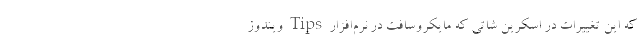
که این تغییرات در اسکرین شاتی که مایکروسافت در نرم‌افزار Tips ویندوز